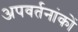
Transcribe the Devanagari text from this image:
अपवर्तनांकों